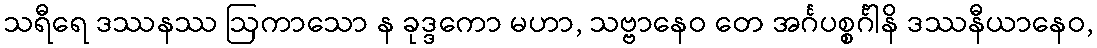
သရီရေ ဒဿနဿ ဩကာသော န ခုဒ္ဒကော မဟာ, သဗ္ဗာနေဝ တေ အင်္ဂပစ္စင်္ဂါနိ ဒဿနီယာနေဝ,